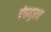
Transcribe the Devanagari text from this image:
पंचमुखा